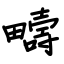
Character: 疇